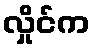
လှိုင်က